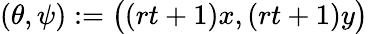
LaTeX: (\theta,\psi):=\big((rt+1)x,(rt+1)y\big)